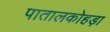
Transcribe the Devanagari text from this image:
पातालकोहड़ा